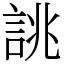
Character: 誂